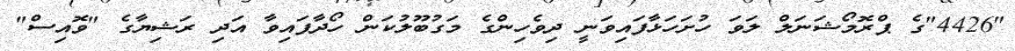
"4426"ގެ ޕްރޮމޯޝަނަލް ލަވަ ހުށަހަޅާފައިވަނީ ދިވެހިންގެ މަގުބޫލުކަން ހޯދާފައިވާ އަދި ރަޝިޔާގެ "ވޮއިސް"